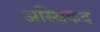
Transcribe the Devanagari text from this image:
अस्थिकद